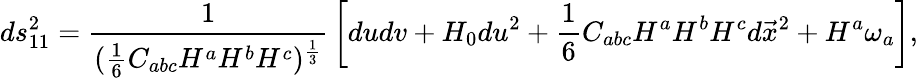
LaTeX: ds_{11}^{2}={\frac{1}{({\frac{1}{6}}C_{abc}H^{a}H^{b}H^{c})^{\frac{1}{3}}}}\left[dudv+H_{0}du^{2}+{\frac{1}{6}}C_{abc}H^{a}H^{b}H^{c}d\vec{x}^{2}+H^{a}\omega_{a}\right],